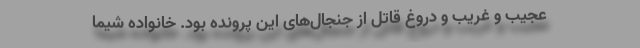
عجیب و غریب و دروغ قاتل از جنجال‌های این پرونده بود. خانواده شیما